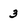
Character: 3